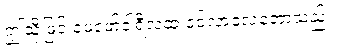
ဤသို့ဖြင့် ဖေဖော်ဝါရီလထဲ ဝင်လာလေတော့သည်။